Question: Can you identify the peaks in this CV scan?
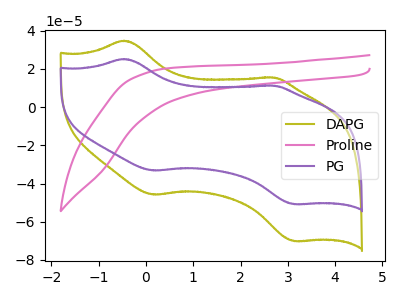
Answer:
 <answer>The olive curve "DAPG" has anodic peaks at (-0.45V, 34.80uA) (2.65V, 15.50uA) and cathodic peaks at (0.15V, -45.80uA) (3.15V, -70.15uA). The pink curve "Proline" has no peaks. The purple curve "PG" has anodic peaks at (-0.45V, 25.20uA) (2.65V, 11.25uA) and cathodic peaks at (0.15V, -33.20uA) (3.15V, -50.80uA).</answer>
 <eval></eval>